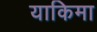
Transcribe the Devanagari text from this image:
याकिमा